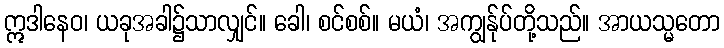
ဣဒါနေဝ၊ ယခုအခါ၌သာလျှင်။ ခေါ၊ စင်စစ်။ မယံ၊ အကျွန်ုပ်တို့သည်။ အာယသ္မတော